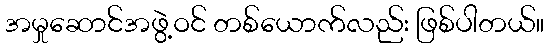
အမှုဆောင်အဖွဲ့ဝင် တစ်ယောက်လည်း ဖြစ်ပါတယ်။